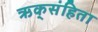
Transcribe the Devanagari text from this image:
ऋक्‌संहिता